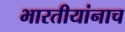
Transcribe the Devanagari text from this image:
भारतीयांनाच